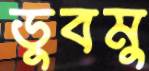
ডুবমু